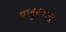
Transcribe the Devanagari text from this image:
पादुकाओं